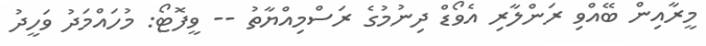
މީރާއިން ބޭއްވި ރަންލާރި އެވޯޑް ދިނުމުގެ ރަސްމިއްޔާތު -- ވީފޮޓޯ: މުހައްމަދު ވަހީދު